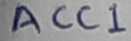
Text: ACC1